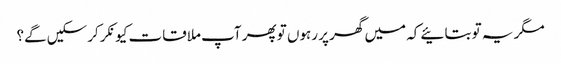
مگر یہ تو بتائیے کہ میں گھر پر رہوں تو پھر آپ ملاقات کیونکر کرسکیں گے؟